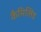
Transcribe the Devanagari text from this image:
कैमिलिड